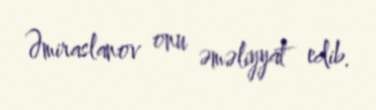
Əmiraslanov onu əməliyyat edib.